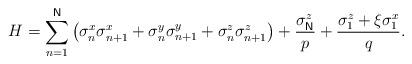
LaTeX: \begin{align*}H=\sum_{n=1}^{\mathsf{N}}\left( \sigma _{n}^{x}\sigma _{n+1}^{x}+\sigma_{n}^{y}\sigma _{n+1}^{y}+\sigma _{n}^{z}\sigma _{n+1}^{z}\right) +\frac{\sigma _{\mathsf{N}}^{z}}{p}+\frac{\sigma _{1}^{z}+\xi \sigma _{1}^{x}}{q}.\end{align*}